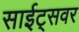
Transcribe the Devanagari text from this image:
साईट्सवर